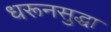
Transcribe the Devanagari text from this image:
धरूनसुद्धा